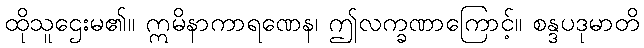
ထိုသူဌေးမ၏။ ဣမိနာကာရဏေန၊ ဤလက္ခဏာကြောင့်။ စန္ဒပဒုမာတိ